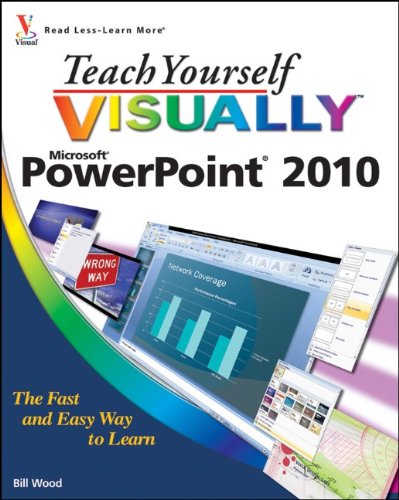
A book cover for Teach Yourself VISUALLY PowerPoint 2010; Bill Wood; Computers & Technology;